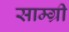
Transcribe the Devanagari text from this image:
साम्ग्री